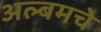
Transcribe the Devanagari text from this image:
अल्बमचे